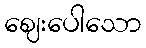
ဈေးပေါသော